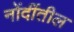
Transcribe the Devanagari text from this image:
नोंदींतील